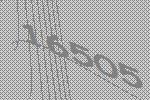
16505